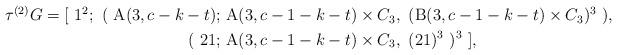
LaTeX: \begin{align*}\begin{aligned}\tau^{(2)}{G} = \lbrack\ 1^2;\ (\ \mathrm{A}(3,c-k-t);\ & \mathrm{A}(3,c-1-k-t)\times C_3,\ (\mathrm{B}(3,c-1-k-t)\times C_3)^3\ ), \\ (\ 21;\ & \mathrm{A}(3,c-1-k-t)\times C_3,\ (21)^3\ )^3\ \rbrack,\end{aligned}\end{align*}